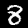
Digit: 8